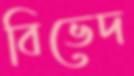
বিভেদ